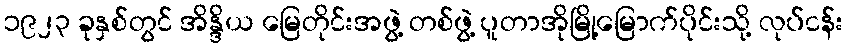
၁၉၂၃ ခုနှစ်တွင် အိန္ဒိယ မြေတိုင်းအဖွဲ့ တစ်ဖွဲ့ ပူတာအိုမြို့မြောက်ပိုင်းသို့ လုပ်ငန်း